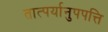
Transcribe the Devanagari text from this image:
तात्पर्यानुपपत्ति